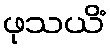
ဖုသယိံ